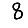
Digit: 8